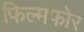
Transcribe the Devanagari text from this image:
फिल्मफोर